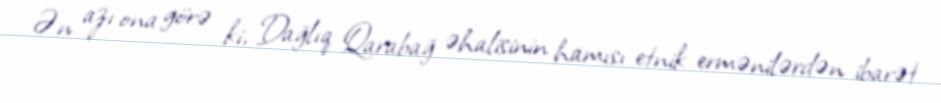
Ən azı ona görə ki, Dağlıq Qarabağ əhalisinin hamısı etnik ermənilərdən ibarət